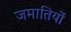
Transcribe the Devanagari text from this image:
जमातियों